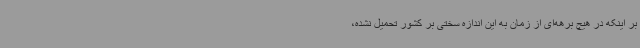
بر اینکه در هیچ برهه‌ای از زمان به این اندازه سختی بر کشور تحمیل نشده،